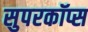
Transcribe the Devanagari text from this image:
सुपरकॉप्स